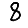
Digit: 8